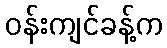
ဝန်းကျင်ခန့်က